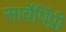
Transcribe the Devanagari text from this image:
सार्वेपिंप्री